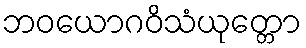
ဘဝယောဂဝိသံယုတ္တော